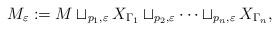
LaTeX: \begin{align*}M_{\varepsilon} : = M \sqcup _{{p_{1}, \varepsilon}} X_{\Gamma_1} \sqcup_{{p_{2},\varepsilon}} \dots\sqcup _{{p_n, \varepsilon}} X_{\Gamma_n} ,\end{align*}